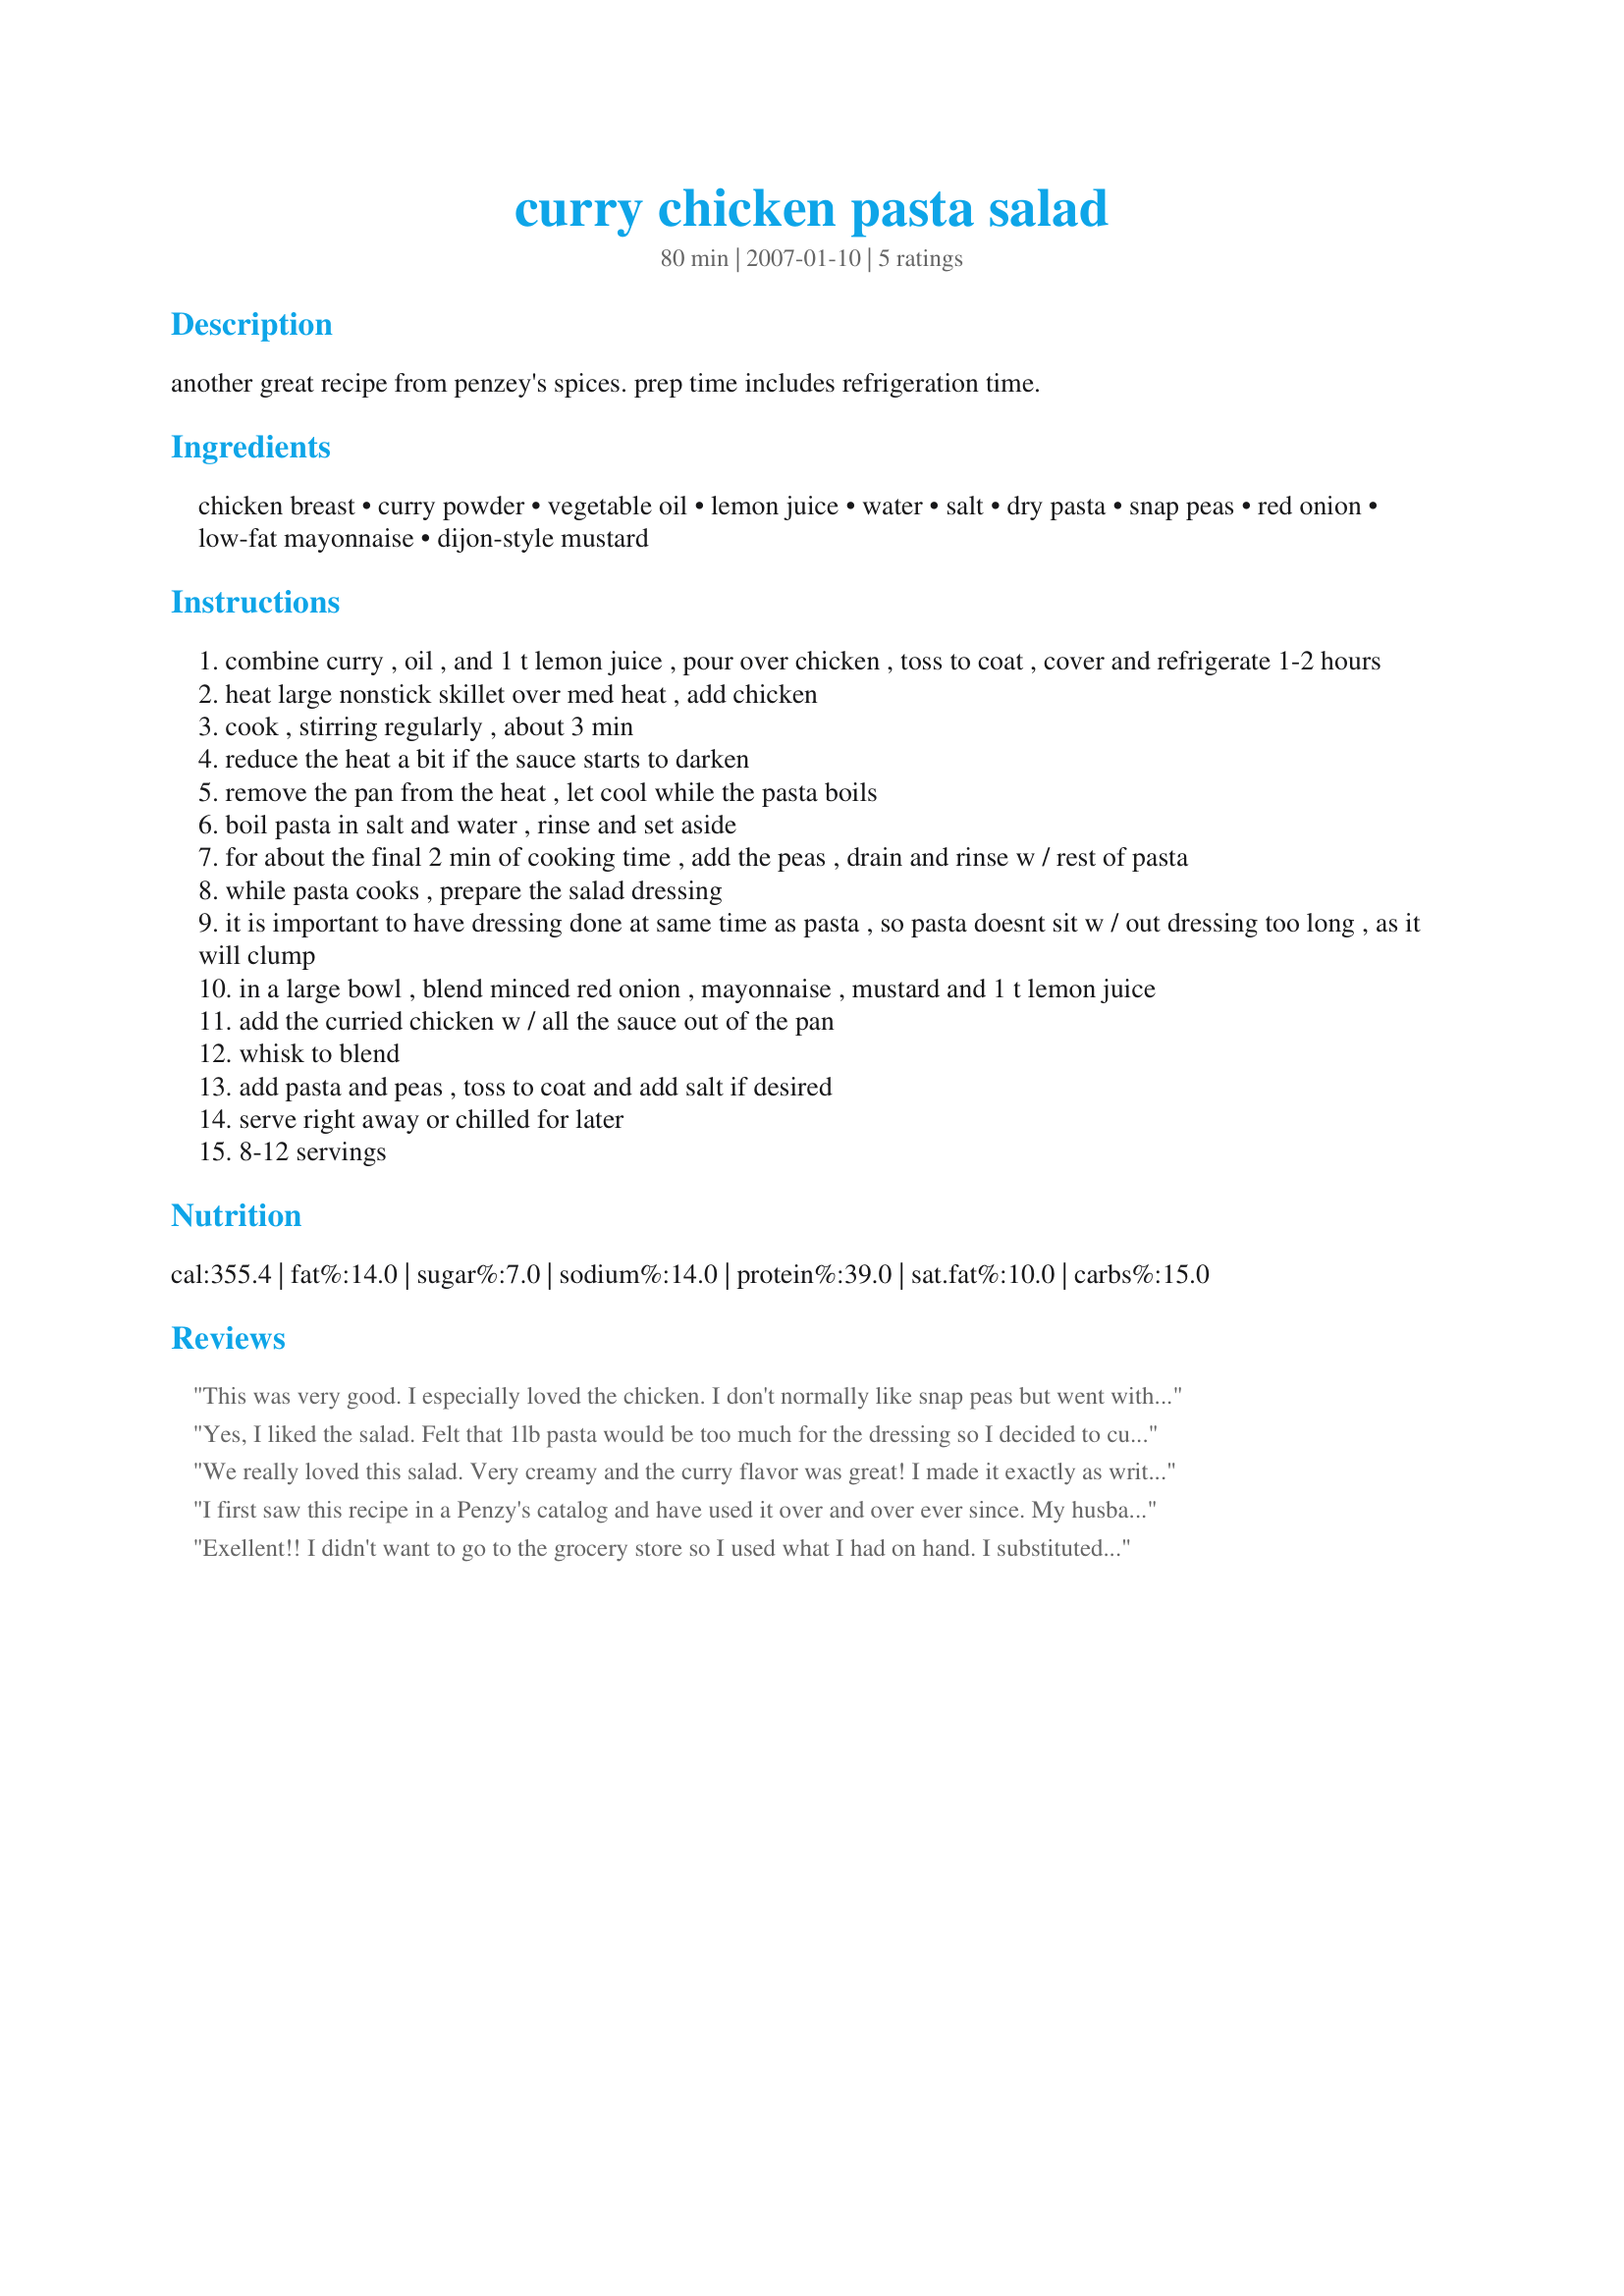
curry chicken pasta salad
Preparation time: 80 minutes

another great recipe from penzey's spices. prep time includes refrigeration time.

Ingredients:
chicken breast, curry powder, vegetable oil, lemon juice, water, salt, dry pasta, snap peas, red onion, low-fat mayonnaise, dijon-style mustard

Steps:
combine curry , oil , and 1 t lemon juice , pour over chicken , toss to coat , cover and refrigerate 1-2 hours
heat large nonstick skillet over med heat , add chicken
cook , stirring regularly , about 3 min
reduce the heat a bit if the sauce starts to darken
remove the pan from the heat , let cool while the pasta boils
boil pasta in salt and water , rinse and set aside
for about the final 2 min of cooking time , add the peas , drain and rinse w / rest of pasta
while pasta cooks , prepare the salad dressing
it is important to have dressing done at same time as pasta , so pasta doesnt sit w / out dressing too long , as it will clump
in a large bowl , blend minced red onion , mayonnaise , mustard and 1 t lemon juice
add the curried chicken w / all the sauce out of the pan
whisk to blend
add pasta and peas , toss to coat and add salt if desired
serve right away or chilled for later
8-12 servings

Reviews:
This was very good. I especially loved the chicken. I don't normally like snap peas but went with the recipe only cutting them smaller and they gave a great crunch and flavor. Once it was all put together I couldn't really taste the curry so added a tablespoon more (I used Madras curry powder). I used bow-tie pasta. I'd like to try this with more vegetables, like red bell peppers. Thanks for the recipe. Made for Zaar Tag.
Yes, I liked the salad. Felt that 1lb pasta would be too much for the dressing so I decided to cut the pasta in half and was glad I did. I think the salad would benefit from something fresh and/or crunchy. Maybe some pickles, celery stalk, bell peppers or such.
Pleased I tried it.
Thanks for posting.
We really loved this salad. Very creamy and the curry flavor was great! I made it exactly as written except that I forgot to throw the snap peas into the pasta water so I put them in the salad cut in half raw, and it gave it nice crunch:) Thanks for sharing this, it's definitely a keeper.
I first saw this recipe in a Penzy's catalog and have used it over and over ever since. My husband and I were never big curry fans but it's probably because we didn't have a recipe to use it in. We do now, and absolutely love this recipe.
Exellent!! I didn't want to go to the grocery store so I used what I had on hand. I substituted turkey for the chicken and petite frozen peas for the snap peas. It was fantastic. I will definitely be adding this to my permanent recipe collection.
